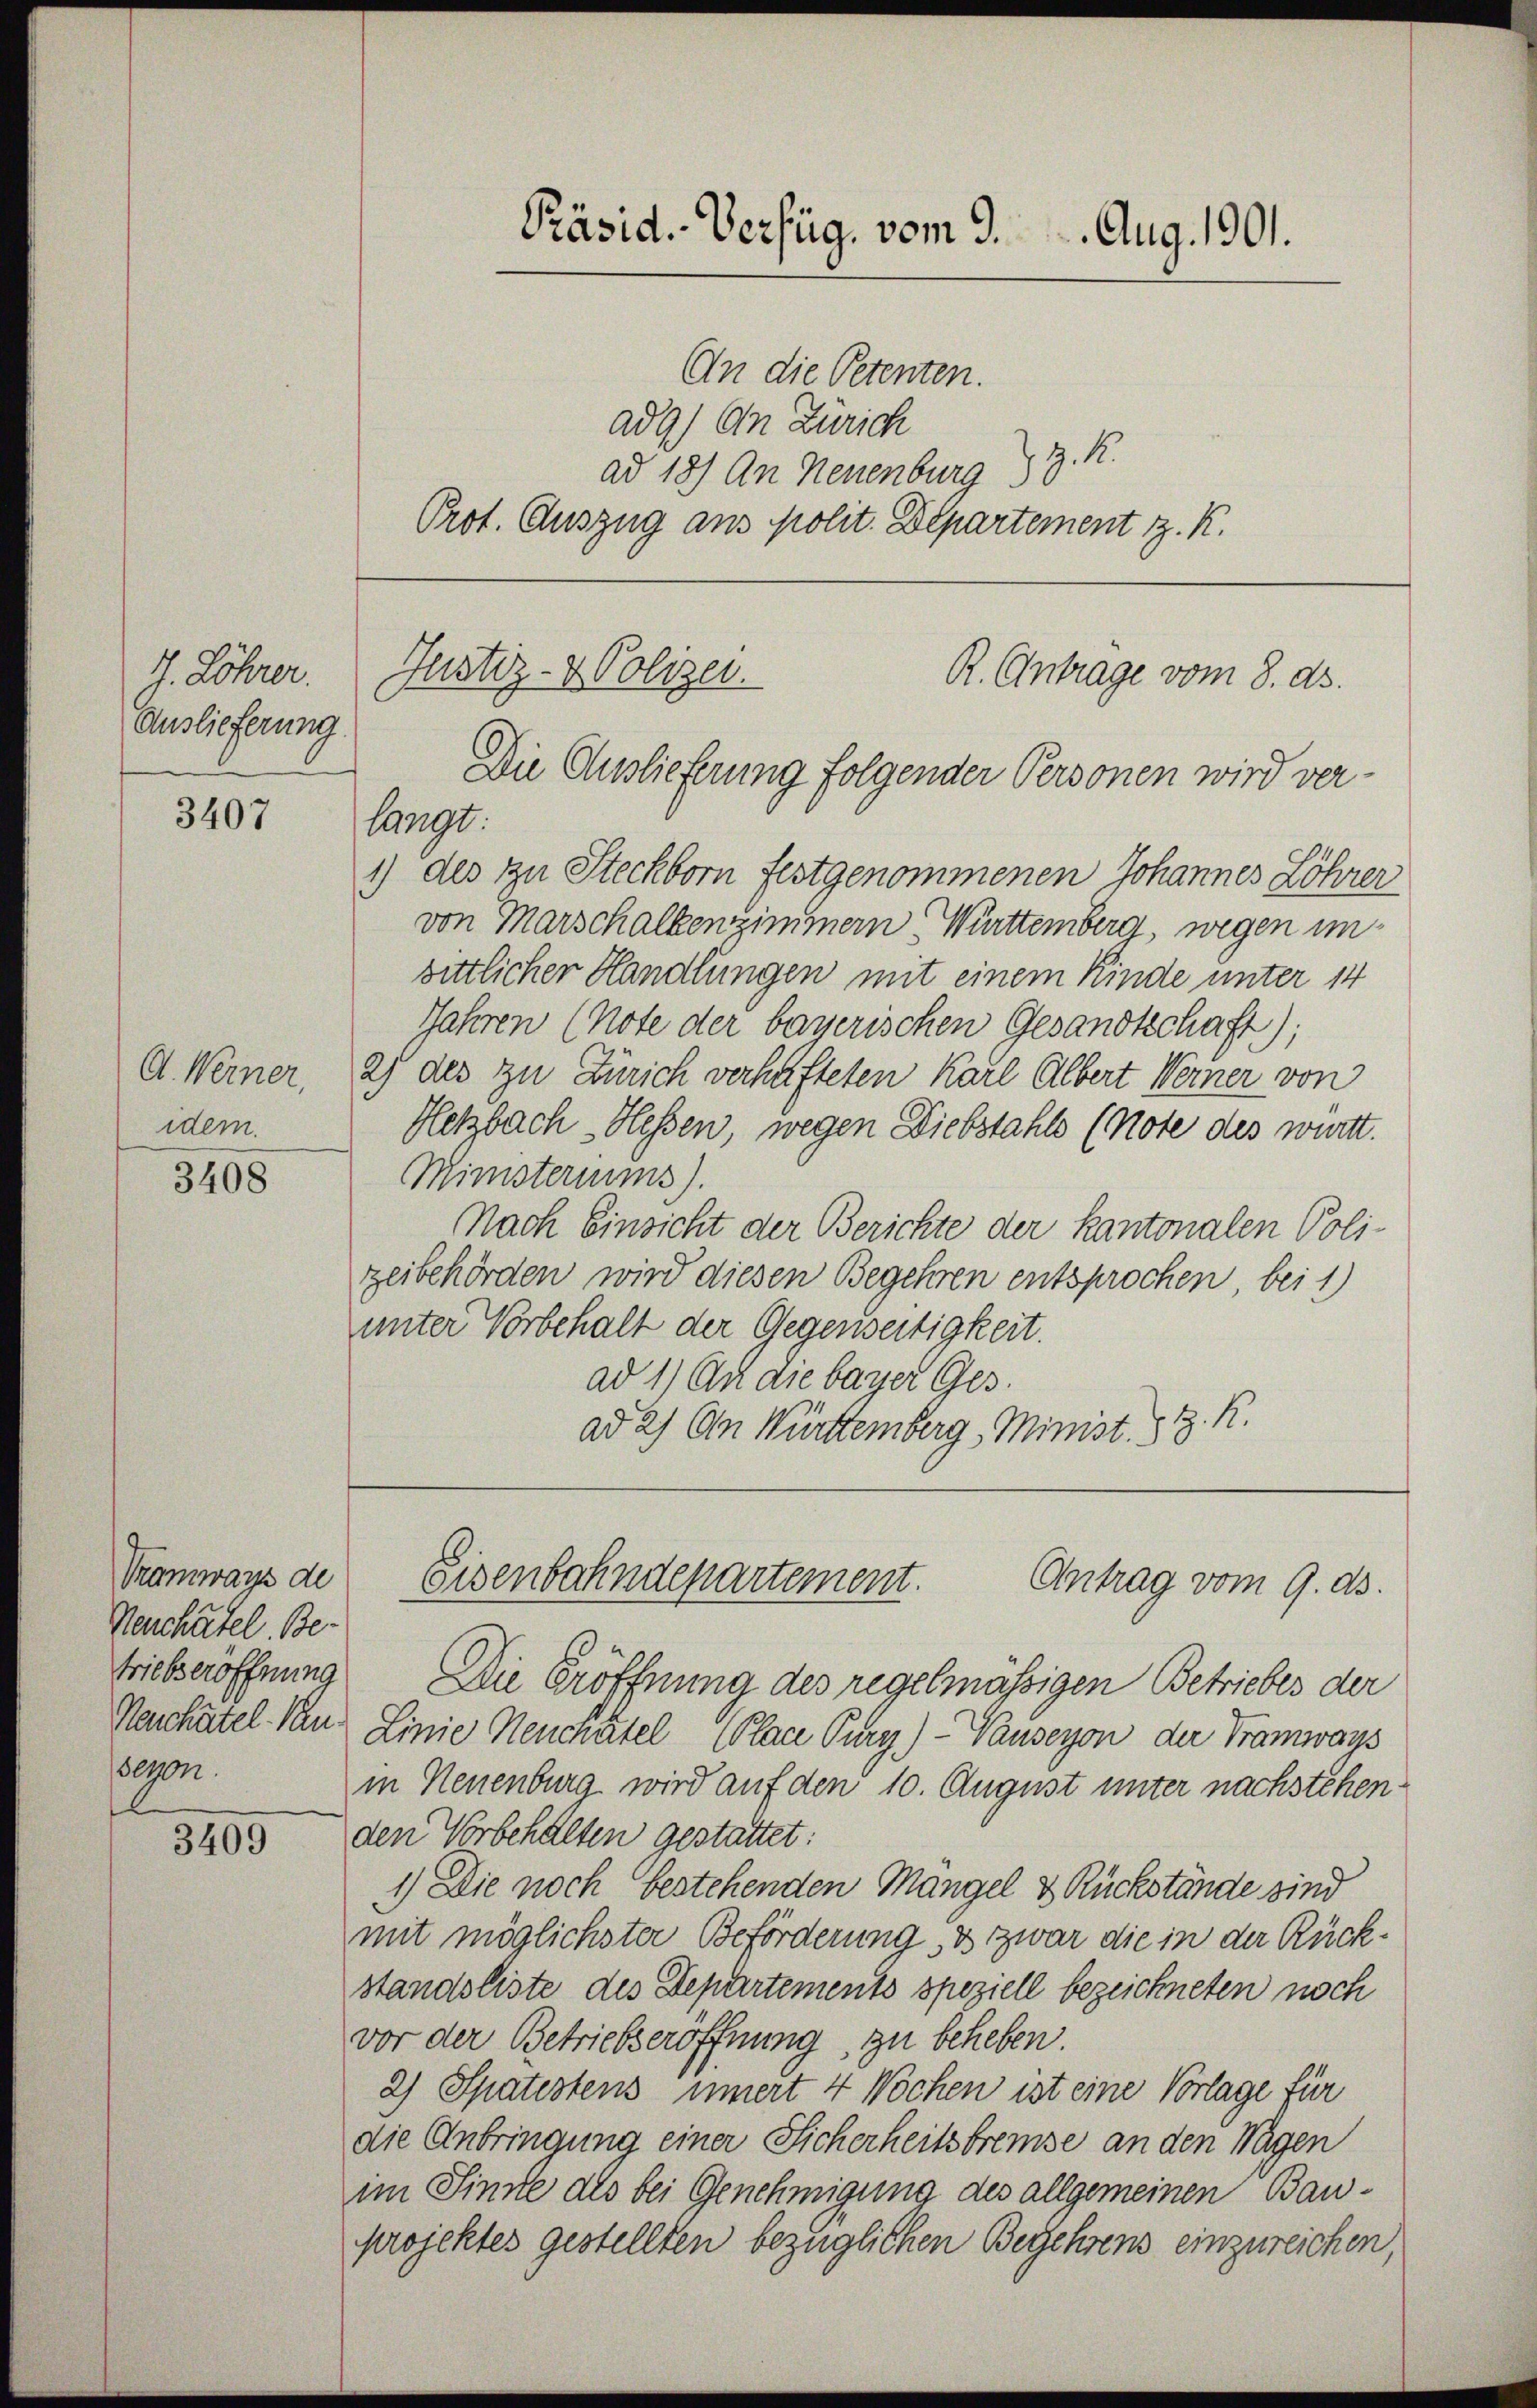
4 Löhrer.
Auslieferung.

3407

A. Werner,
idem.

3408

Tramways de
Nenchatel. Be-
triebseröffnung
seron

3409

Präsid.-Verfüg, vom 9. Aug. 1901.

ad 9) An Zürich
Z. M.
ad 18) An Neuenburg
Prot. Auszug aus polit. Departement z. K.

An die Petenten.

Justiz- & Polizei.
R. Antrage vom 8. ds.
Die Anlieferung folgender Personen wird ver¬

Eisenbahndepartement.
Antrag vom 9. ds.

langt.
1) des zu Steckborn festgenommenen Johannes Löhrer
von Marschalkenzimmern, Württemberg, wegen unbittlicher Handlungen mit einem Kinde unter 14
Jahren (Note der bayerischen Gesandtschaft);
2) des zu Zürich verhafteten Karl Albert Werner von
Hetzbach Hessen, wegen Diebstahls (Note des württ.
Ministeriums).
Nach Einricht der Berichte der Kantonalen Poli-
zeibehörden wird diesen Begehren entsprochen, bei 1)
unter Vorbehalt der Gegenseitigkeit.
ad 1) An die bayer Ges.
ad 2) An Württemberg, Minist. § 2. K.

Die Eröffnung des regelmässigen Betriebes der
Neuchâtel. Von Linie Neuchâtel Place Pury) - Vauseyon der Tramways
in Neuenburg wird auf den 10. August unter nachstehenden Vorbehalten gestattet:
1) Die noch bestehenden Mangel & Rückstände sind
mit möglichster Beförderung so zwar die in der Rückstandsliste des Departements speziell bezeichneten noch
vor der Betriebseröffnung, zu beheben.
2) Spätestens innert 4 Wochen ist eine Vorlage für
die Anbringung einer Sicherheitsbremse an den Wagen
im Sinne als bei Genehmigung des allgemeinen Bauprojektes gestellten bezüglichen Begehrens einzureichen,